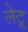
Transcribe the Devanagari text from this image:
लेटू